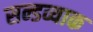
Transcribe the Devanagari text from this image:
सन्डव्याक